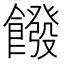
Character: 𩞽